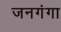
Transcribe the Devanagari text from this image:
जनगंगा